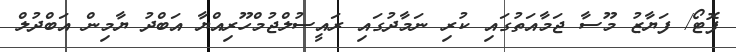
ފޮޓޯ/ ފަޔާޒު މޫސާ ޖަމާއަތުގައި ކުރި ނަމާދުގައި ރައީސުލްޖުމްހޫރިއްޔާ އަބްދު ޔާމިން އަބްދުލް